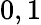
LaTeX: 0,1